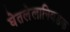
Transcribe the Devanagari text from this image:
घेतलेलानिवडक